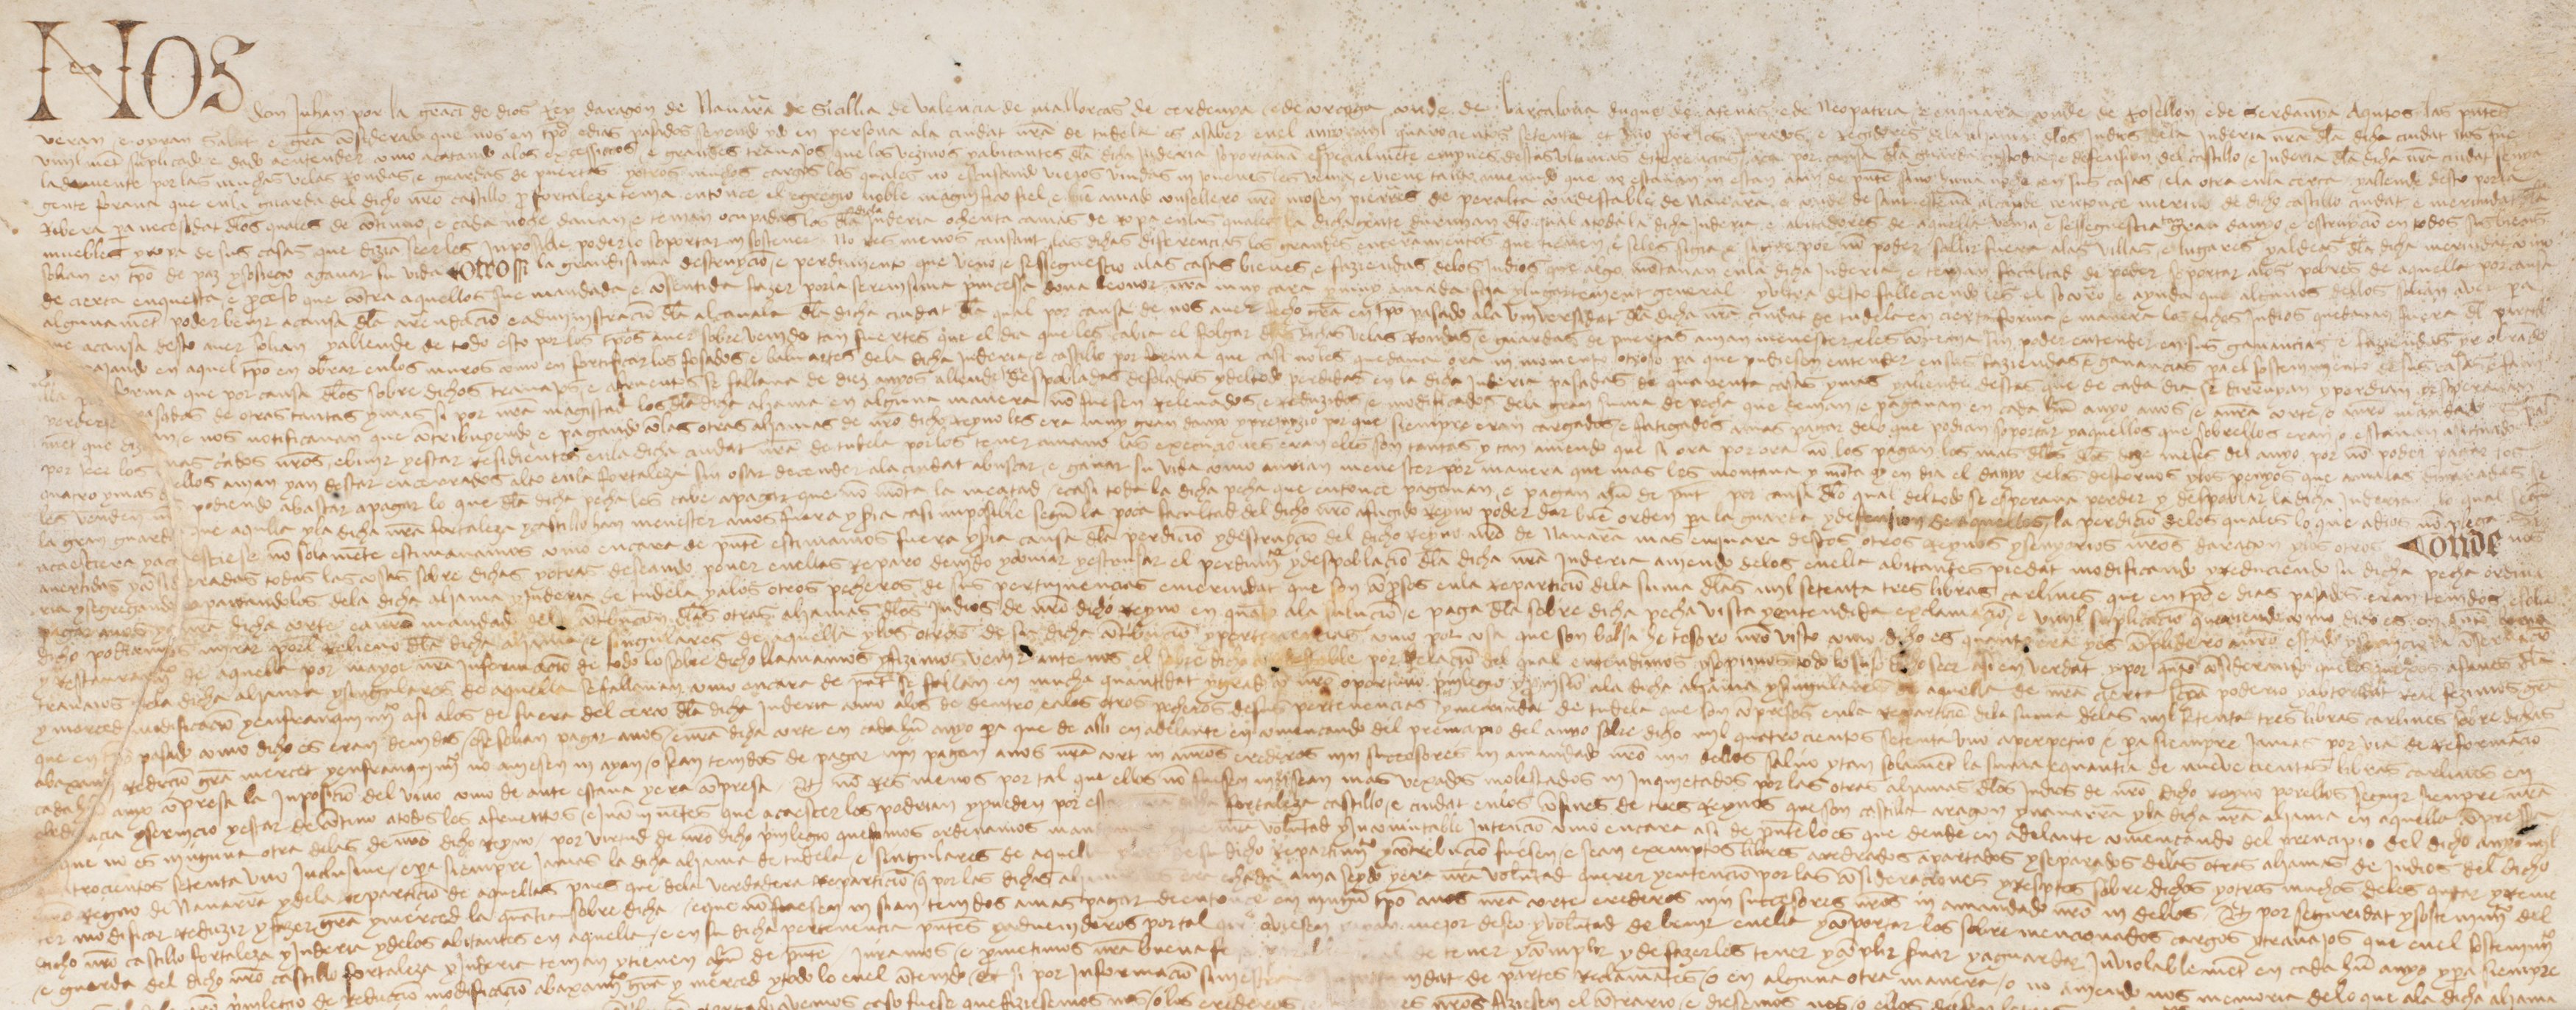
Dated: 1475–1475